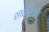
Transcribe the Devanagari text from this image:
शास्त्राणि